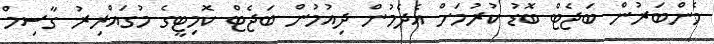
މެންބަރުން ބަޖެޓް ބޮޑު ކުރުމަށް އެދެމުން ދިއުމުން ބަޖެޓް ކޮމިޓީގެ މުގައްރިރު ގާސިމް